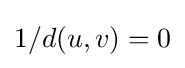
1/d(u,v)=0